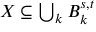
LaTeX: \textstyle X \subseteq \bigcup _ { k } B _ { k } ^ { s , t }